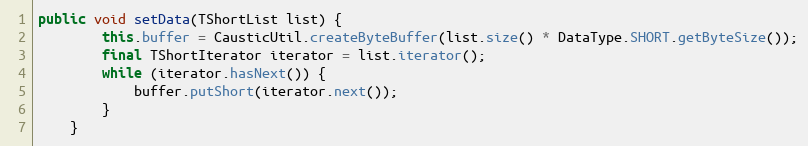
Language: Java
public void setData(TShortList list) {
        this.buffer = CausticUtil.createByteBuffer(list.size() * DataType.SHORT.getByteSize());
        final TShortIterator iterator = list.iterator();
        while (iterator.hasNext()) {
            buffer.putShort(iterator.next());
        }
    }